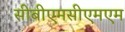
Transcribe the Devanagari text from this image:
सीबीएमसीएमएम